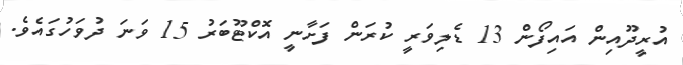
އުރީދޫއިން އައިފޯން 13 ޑެލިވަރީ ކުރަން ފަށާނީ އޮކްޓޫބަރު 15 ވަނަ ދުވަހުގައެވެ.